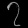
Digit: ၇